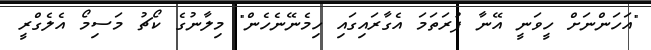
"އަހަންނަށް ހީވަނީ އޭނާ ފުރަތަމަ އެގާރައިގައި ހިމެނޭނެހެން" މިލާނުގެ ކޯޗު މަސިމޯ އެލެގްރީ